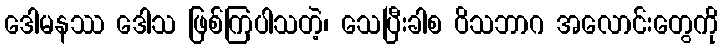
ဒေါမနဿ ဒေါသ ဖြစ်ကြပါသတဲ့၊ သေပြီးခါစ ဝိသဘာဂ အလောင်းတွေကို